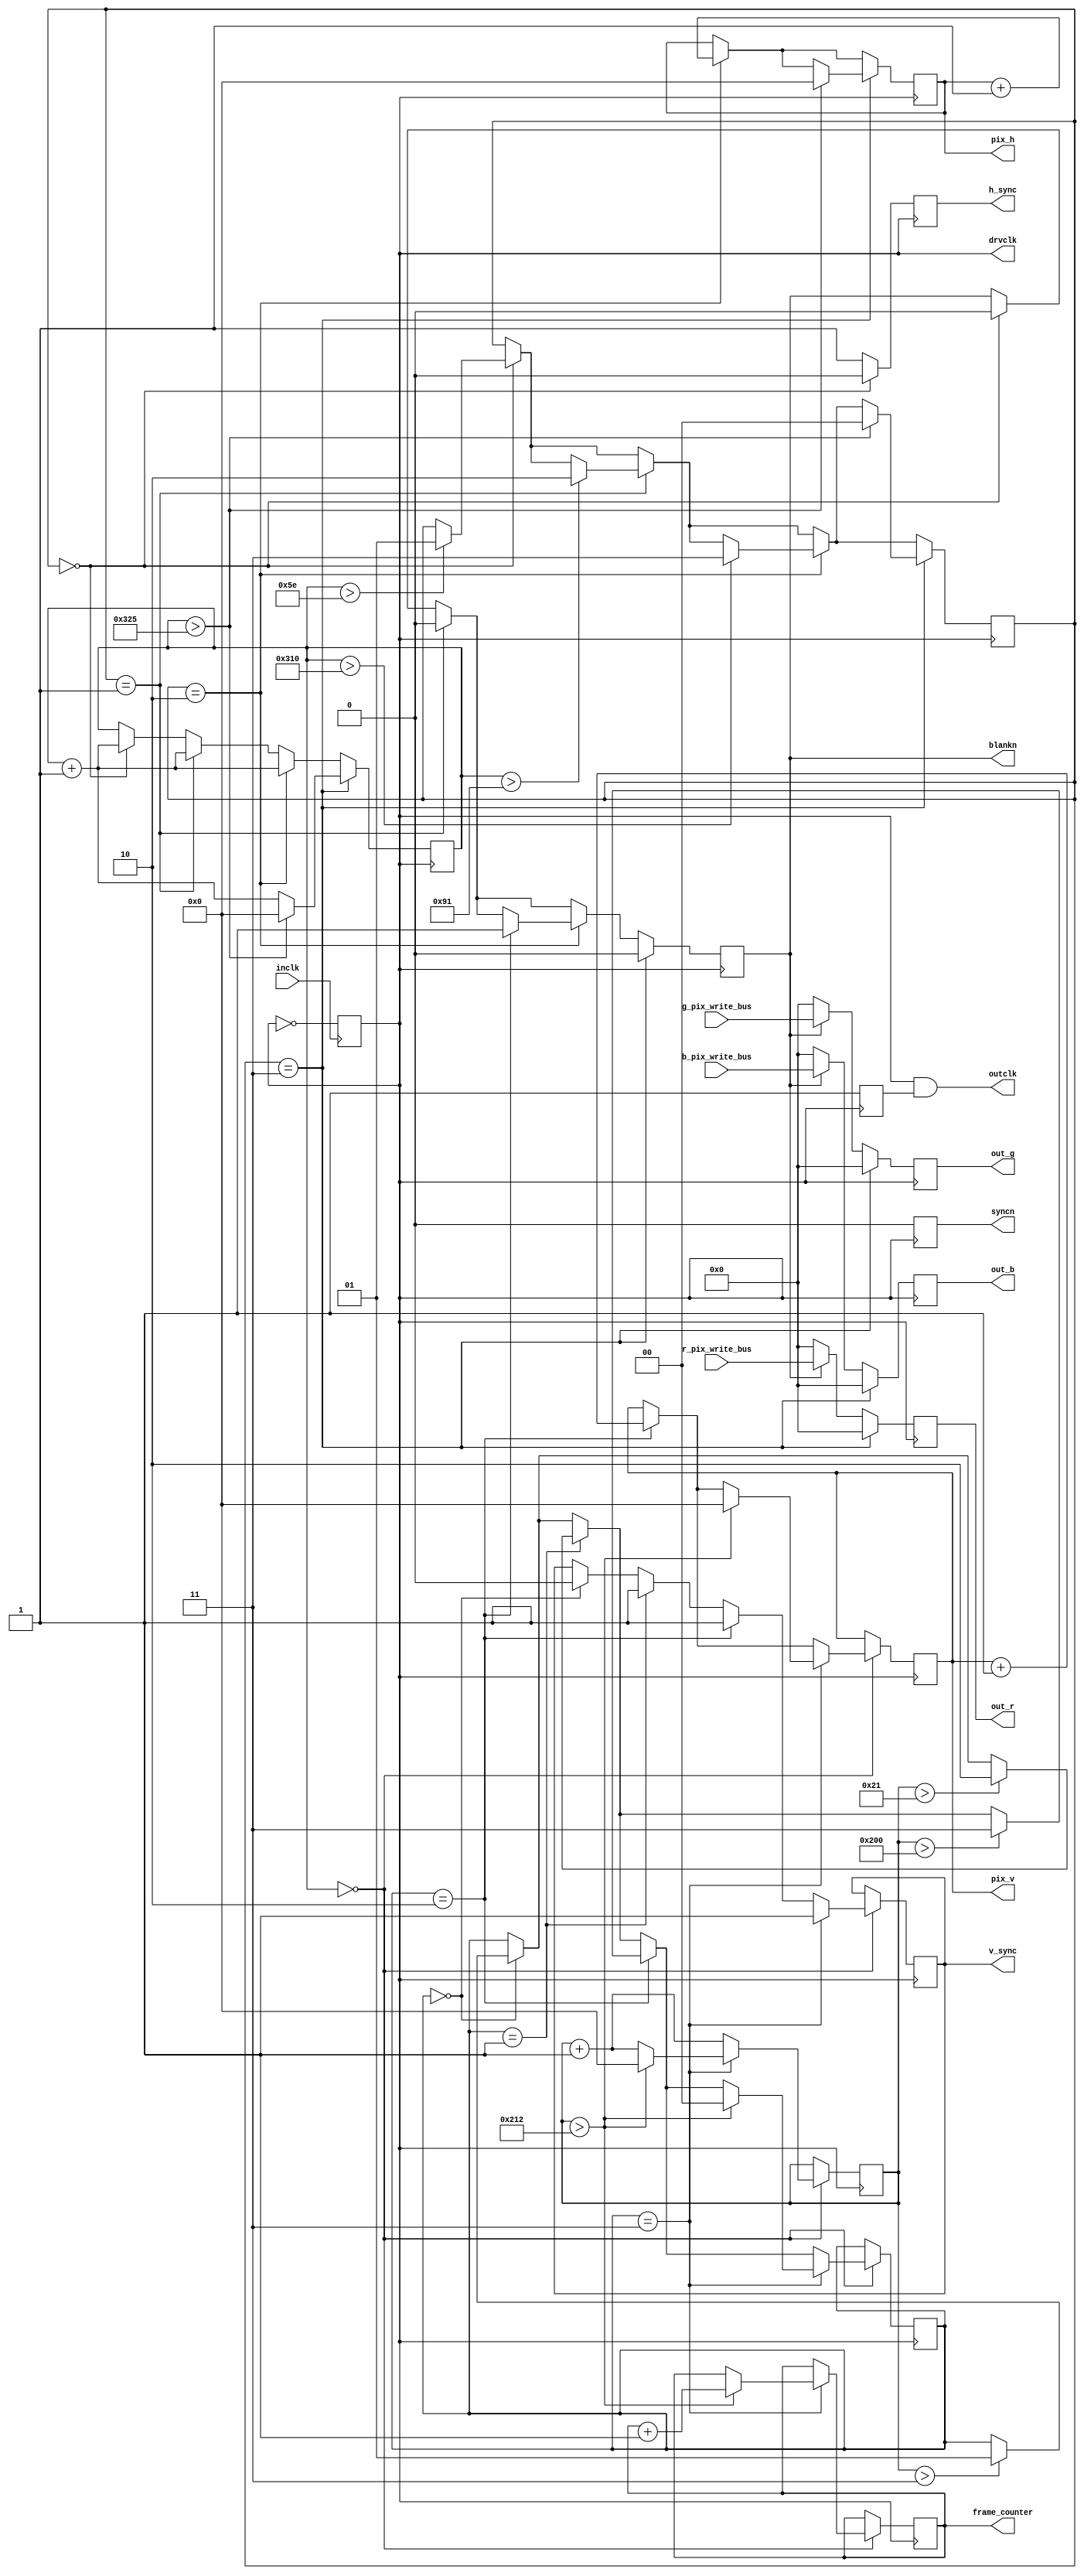
// VGA sync/pixel controller for oscilloscope 
//
// VGA resolution is 640 x 480 @ 60Hz
//
// (C) Thomas Oldbury 2017

module vga(
	inclk, h_sync, v_sync,
	out_r, out_g, out_b, blankn, syncn, outclk,
	// interface ports
	pix_h, pix_v, drvclk,
	r_pix_write_bus, 
	g_pix_write_bus,
	b_pix_write_bus,
	frame_counter
);

// States that our sync (H or V) state machines can occupy
parameter SYNC = 0;
parameter BACKPORCH = 1;
parameter ACTIVE = 2;
parameter FRONTPORCH = 3;

// Parameters below from with some adjustments:
//  http://martin.hinner.info/vga/timing.html

// This VGA module generates a 640x480 pixel, 60Hz display
// It's not perfect - the pixel clock is 25MHz instead of 25.175MHz
// But it's close enough that monitors should be ok with it

// Parameters relative to pixel clock counter 
// Cumulative timings, point at which to switch to next state
parameter vga_h_sync_pulse = 94;
parameter vga_h_back_porch = 145;
parameter vga_h_pixels = 784;
parameter vga_h_front_porch = 805;

// Parameters relative to line counter 
// Cumulative timings, point at which to switch to next state
parameter vga_v_sync_pulse = 3;
parameter vga_v_back_porch = 33;
parameter vga_v_rows = 512;
parameter vga_v_front_porch = 530;

// Divided clock source
output reg drvclk;

// State machine for horizontal and vertical
reg [1:0] state_h;
reg [1:0] state_v;

// Counters for tracking the horizontal and vertical state transitions
reg [9:0] ctr_h;
reg [9:0] ctr_v; 

// Pixel addresses if in ACTIVE state (undefined if not in ACTIVE state)
output reg [9:0] pix_h; 
output reg [9:0] pix_v;

// Frame counter, increments per frame, 32 bit (overflow ~2.2 years)
output reg [31:0] frame_counter;

// Tristate "bus" to write data to, pixels are OR'd with each other
// to produce the correct value for each pixel seen on the display
// This is a port input to the VGA controller
input wire [7:0] r_pix_write_bus;
input wire [7:0] g_pix_write_bus;
input wire [7:0] b_pix_write_bus;

// DAC clock enable (TODO: toggle during active state to reduce power consumption)
reg clken;

// Inputs to the module
input inclk;

// VGA output signals, 8-bit RGB plus blanking, clock and sync-on-green signal (always low)
output reg h_sync, v_sync;
output reg blankn, syncn;
output wire outclk;
output reg [7:0] out_r;
output reg [7:0] out_g;
output reg [7:0] out_b;

assign outclk = drvclk & clken;

// Scope screen parameters
parameter SCOPE_SCRN_XOFF = 32;
parameter SCOPE_SCRN_YOFF = 32;
parameter SCOPE_SCRN_XSIZE	= 512;
parameter SCOPE_SCRN_YSIZE	= 384;
parameter SCOPE_V_GRATICLES = 12;
parameter SCOPE_H_GRATICLES = 16;
parameter SCOPE_GRAT_SIZE = 32;

// Divide inclk by two to get 25MHz reference pixel clock
always @(negedge inclk) begin
	drvclk <= !drvclk;
end

// On negative edge of drvclk update state or counters. Video
// generation is also handled here.
always @(negedge drvclk) begin

	// syncN is always low as we do not use sync-on-green
	syncn <= 0;
	
	// default states for our registers
	clken <= 1;
	h_sync <= 1;
	
	// blank outputs during blank
	if (blankn == 0) begin
		out_r <= 0;
		out_g <= 0;
		out_b <= 0;
	end else begin
		// commit pixels
		out_r <= (r_pix_write_bus);
		out_g <= (g_pix_write_bus);
		out_b <= (b_pix_write_bus);
	end
	
	// handle HSYNC pulse generation
	if (state_h == SYNC) begin
		blankn <= 0;
		h_sync <= 0;
		ctr_h <= ctr_h + 1;
		// jump to next state?
		if (ctr_h > vga_h_sync_pulse) begin
			state_h <= BACKPORCH;
		end
	end
	
	if (state_h == BACKPORCH) begin
		blankn <= 0;
		ctr_h <= ctr_h + 1;
		if (ctr_h > vga_h_back_porch) begin
			state_h <= ACTIVE;
		end
	end
	
	if (state_h == ACTIVE) begin
		// unblank video if in ACTIVE region of vertical scan
		if (state_v == ACTIVE) begin
			blankn <= 1;
		end
		
		// wait for state transitition
		ctr_h <= ctr_h + 1;
		pix_h <= pix_h + 1;
		if (ctr_h > vga_h_pixels) begin
			state_h <= FRONTPORCH;
		end
	end
	
	// on front porch transition to sync increment vertical counter
	if (state_h == FRONTPORCH) begin
		ctr_h <= ctr_h + 1;
		
		// Blank output to generate correct sync signal
		blankn <= 0;
		out_r <= 0;
		out_g <= 0;
		out_b <= 0;
		
		// wait for overflow to reset back to SYNC
		if (ctr_h > vga_h_front_porch) begin
			state_h <= SYNC;
			ctr_h <= 0;
			pix_h <= 0;
		end else begin
			ctr_h <= ctr_h + 1;
		end
	end
	
	// handle VSYNC generation at beginning of HSYNC field
	// VSYNC should remain in the same state throughout a full line
	if (ctr_h == 0) begin
		// increment v counter
		ctr_v <= ctr_v + 1;
		
		if (state_v == SYNC) begin
			v_sync <= 0;
			// jump to next state?
			if (ctr_v > vga_v_sync_pulse) begin
				state_v <= BACKPORCH;
			end
		end
		
		if (state_v == BACKPORCH) begin
			v_sync <= 1;
			if (ctr_v > vga_v_back_porch) begin
				state_v <= ACTIVE;
			end
		end
		
		if (state_v == ACTIVE) begin
			v_sync <= 1;
			pix_v <= pix_v + 1;
			if (ctr_v > vga_v_rows) begin
				state_v <= FRONTPORCH;
			end
		end
		
		// handle V frontporch; resets state machine and zeros row counter
		if (state_v == FRONTPORCH) begin
			v_sync <= 1;
			if (ctr_v > vga_v_front_porch) begin
				state_v <= SYNC;
				ctr_v <= 0;
				pix_v <= 0;
				frame_counter <= frame_counter + 1;
			end
		end
	end
	
end

endmodule